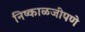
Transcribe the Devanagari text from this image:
निष्काळजीपणे